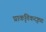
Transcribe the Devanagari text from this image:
प्राकृतिकदृष्ट्या